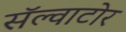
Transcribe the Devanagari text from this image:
सॅल्वाटोर